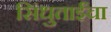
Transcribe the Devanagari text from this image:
सिंधुताईंचा